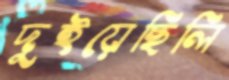
দুইয়েছিলি